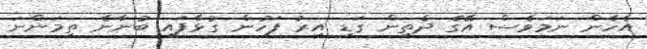
އެހެން ނަމަވެސް އޭގެ ދެތިން ގަޑި އިރު ފަހުން ގުޅާފައި ބުނާނެ ތިމަންނަ